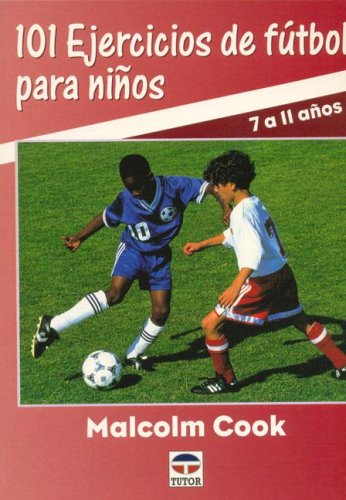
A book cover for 101 Ejercicios de Futbol Para Ninos - 7 A 11 Anos (Spanish Edition); Malcolm Cook; Children's Books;